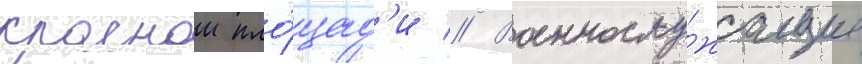
краснои пло́щад'и // Военнослу́жащие